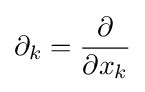
\partial _{k}={\frac {\partial }{\partial x_{k}}}